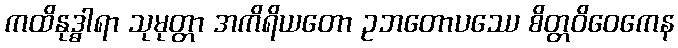
ကထိနုဒ္ဓါရာ သုမုတ္တာ အကိရိယတော ဥဘတောပဿေ စိတ္တဝိဝေကေန